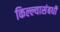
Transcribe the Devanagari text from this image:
किल्ल्यासंबधी